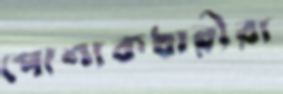
পোশাকধারীরা